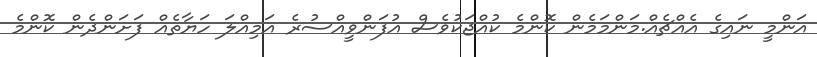
އަންމީ ނައިގެ އެއްޗެއް.މަންމަމެން ކޮންމެ ކުއްޖަކުވެސް އުފަންވީއްސުރެ އަމިއްލަ ހަޔާތެއް ފަށަންދެން ކޮންމެ